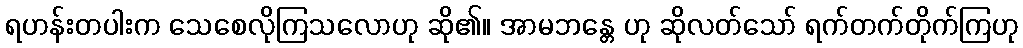
ရဟန်းတပါးက သေစေလိုကြသလောဟု ဆို၏။ အာမဘန္တေ ဟု ဆိုလတ်သော် ရက်တက်တိုက်ကြဟု